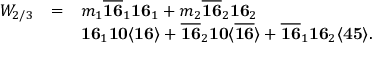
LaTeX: \begin{array} { c c l } { { W _ { 2 / 3 } } } & { { = } } & { { m _ { 1 } \overline { { { { \bf 1 6 } } } } _ { 1 } { \bf 1 6 } _ { 1 } + m _ { 2 } \overline { { { { \bf 1 6 } } } } _ { 2 } { \bf 1 6 } _ { 2 } } } \\ { { } } & { { } } & { { { \bf 1 6 } _ { 1 } { \bf 1 0 } \langle { \bf 1 6 } \rangle + \overline { { { { \bf 1 6 } } } } _ { 2 } { \bf 1 0 } \langle \overline { { { { \bf 1 6 } } } } \rangle + \overline { { { { \bf 1 6 } } } } _ { 1 } { \bf 1 6 } _ { 2 } \langle { \bf 4 5 } \rangle . } } \end{array}